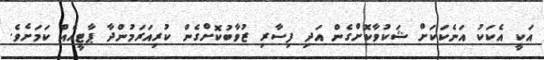
އަކީ އެކަކު އަނެކަކަށް ޝަކުވާކޮށްގެން އަދި ފިސާރި ޒުވާބުކޮށްގެން ކުރިއަރަމުންދާ ޕާޓީއެއް ކަމަށެވެ.